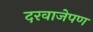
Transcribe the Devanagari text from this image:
दरवाजेपण